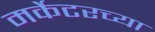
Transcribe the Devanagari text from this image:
मर्केटरच्या